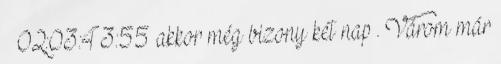
02:03:43:55 akkor még bizony két nap . Várom már